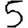
Digit: 5